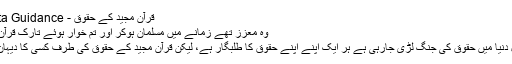
قرآن مجید کے حقوق - Nukta Guidance
وہ معزز تھے زمانے میں مسلمان ہوکر اور تم خوار ہوئے تارکِ قرآن ہوکر
آج کل دنیا میں حقوق کی جنگ لڑی جارہی ہے ہر ایک اپنے اپنے حقوق کا طلبگار ہے، لیکن قرآن مجید کے حقوق کی طرف کسی کا دیہان نہیں۔